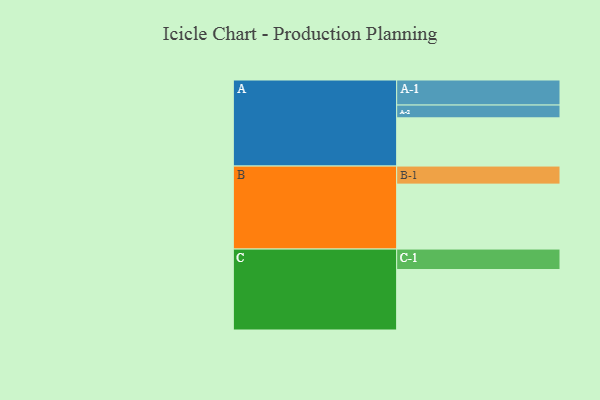
{"axis": {"x": "Segment", "y": "Value"}, "legend": ["", "A", "B", "C"], "data": [{"x": "A", "y": 441, "type": ""}, {"x": "B", "y": 594, "type": ""}, {"x": "C", "y": 553, "type": ""}, {"x": "A-1", "y": 229, "type": "A"}, {"x": "A-2", "y": 117, "type": "A"}, {"x": "B-1", "y": 165, "type": "B"}, {"x": "C-1", "y": 187, "type": "C"}]}